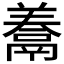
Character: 𩱁